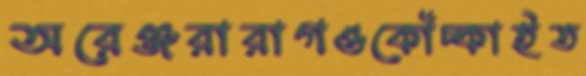
অরেঞ্জরারাগওকোঁচ্‌কাইত